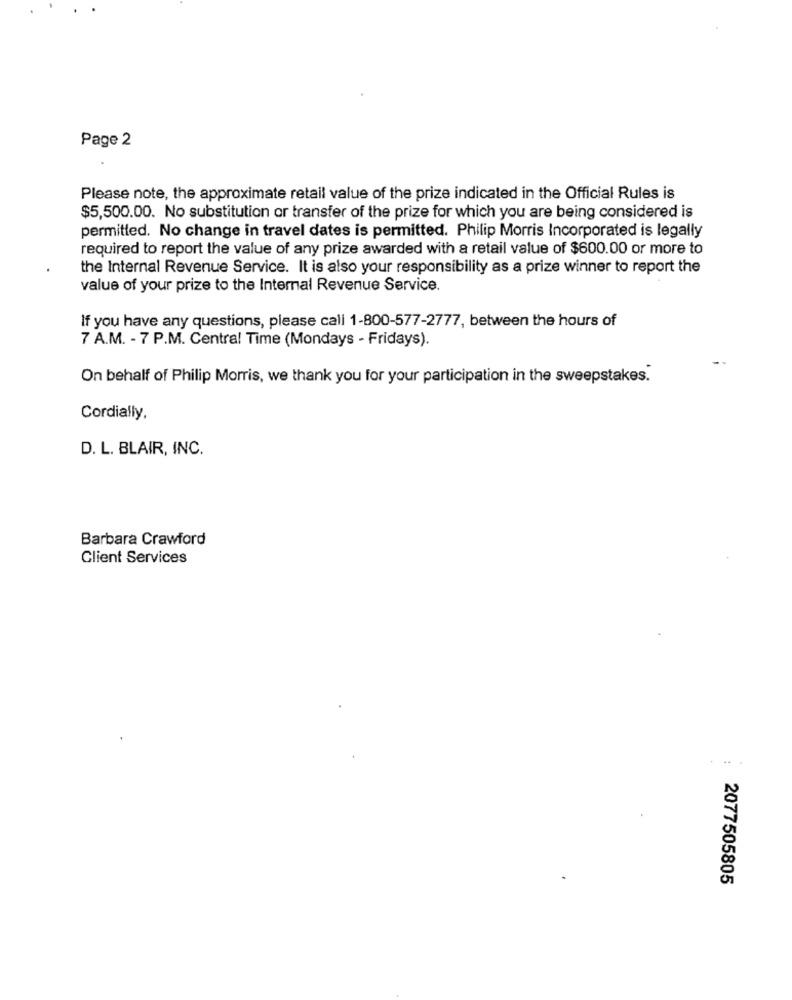
Page 2
Please note, the approximate retail value of the prize indicated in the Official Rules is
$5,500.00. No substitution or transfer of the prize for which you are being considered is
permitted. No change in travel dates is permitted. Philip Morris Incorporated is legally
required to report the value of any prize awarded with a retail value of $600.00 or more to
the Internal Revenue Service. It is also your responsibility as a prize winner to report the
value of your prize to the Internal Revenue Service.
If you have any questions, please call 1-800-577-2777, between the hours of
7 A.M. - 7 P.M. Central Time (Mondays - Fridays).
On behalf of Philip Morris, we thank you for your participation in the sweepstakes.
Cordially,
D. L. BLAIR, INC.
Barbara Crawford
Client Services
2077505805